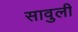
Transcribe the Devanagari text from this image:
सावुली